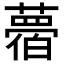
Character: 𦿛